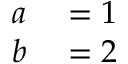
\begin{array} { r l } { a } & { { } = 1 } \\ { b } & { { } = 2 } \end{array}